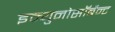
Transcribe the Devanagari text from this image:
इम्युनोसॉर्बेन्ट